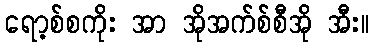
ရော့စ်စကိုး အာ အိုအက်စ်စီအို အီး။